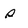
Character: s